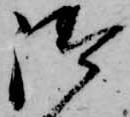
御